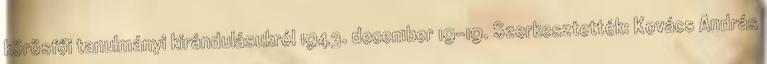
körösfői tanulmányi kirándulásukról 1943. december 19-19. Szerkesztették: Kovács András